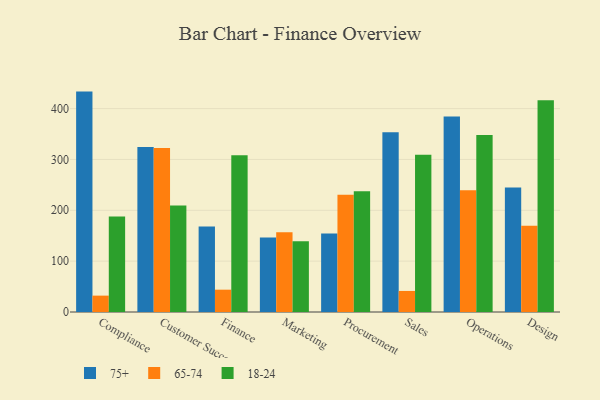
{"axis": {"x": "Department", "y": "Bounce Rate (%)"}, "legend": ["18-24", "65-74", "75+"], "data": [{"x": "Compliance", "y": 433.4, "type": "75+"}, {"x": "Compliance", "y": 32.2, "type": "65-74"}, {"x": "Compliance", "y": 188.0, "type": "18-24"}, {"x": "Customer Success", "y": 324.5, "type": "75+"}, {"x": "Customer Success", "y": 322.6, "type": "65-74"}, {"x": "Customer Success", "y": 209.3, "type": "18-24"}, {"x": "Finance", "y": 168.2, "type": "75+"}, {"x": "Finance", "y": 43.9, "type": "65-74"}, {"x": "Finance", "y": 308.0, "type": "18-24"}, {"x": "Marketing", "y": 146.3, "type": "75+"}, {"x": "Marketing", "y": 156.7, "type": "65-74"}, {"x": "Marketing", "y": 139.3, "type": "18-24"}, {"x": "Procurement", "y": 154.5, "type": "75+"}, {"x": "Procurement", "y": 230.7, "type": "65-74"}, {"x": "Procurement", "y": 237.6, "type": "18-24"}, {"x": "Sales", "y": 353.3, "type": "75+"}, {"x": "Sales", "y": 41.4, "type": "65-74"}, {"x": "Sales", "y": 309.0, "type": "18-24"}, {"x": "Operations", "y": 384.4, "type": "75+"}, {"x": "Operations", "y": 239.4, "type": "65-74"}, {"x": "Operations", "y": 348.3, "type": "18-24"}, {"x": "Design", "y": 244.6, "type": "75+"}, {"x": "Design", "y": 169.5, "type": "65-74"}, {"x": "Design", "y": 416.4, "type": "18-24"}]}